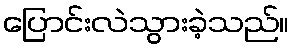
ပြောင်းလဲသွားခဲ့သည်။